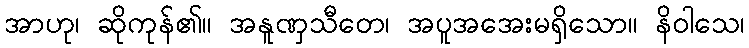
အာဟု၊ ဆိုကုန်၏။ အနူဏှသီတေ၊ အပူအအေးမရှိသော။ နိဝါသေ၊